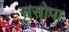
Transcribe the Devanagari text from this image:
ससोपा